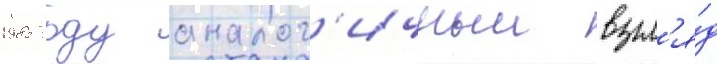
1985 году аналог'ичныи взгл'я́д